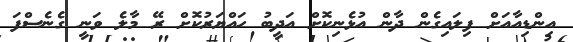
އިންޑިއާއަށް ފިލައިގެން ދާން އުޅެނިކޮށް އަދީބު ހައްޔަރުކޮށް ރޭ މާލެ ވަނީ ގެނެސްފަ